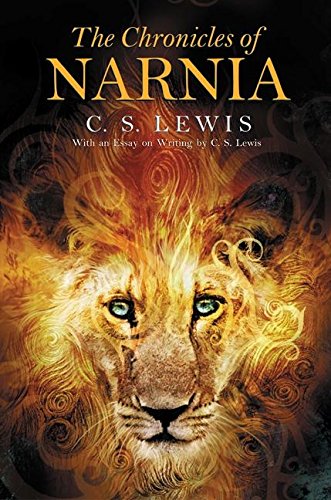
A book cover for The Chronicles of Narnia; C.S. Lewis; Science Fiction & Fantasy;